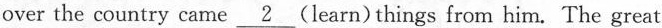
over the country came \underline{2} (learn) things from him. The great